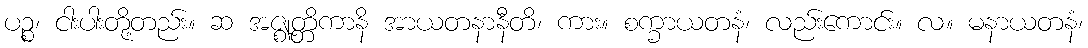
ပဉ္စ၊ ငါးပါးတို့တည်း။ ဆ အဇ္ဈတ္တိကာနိ အာယတနာနီတိ၊ ကား။ စက္ခာယတနံ၊ လည်းကောင်း။ လ။ မနာယတနံ၊